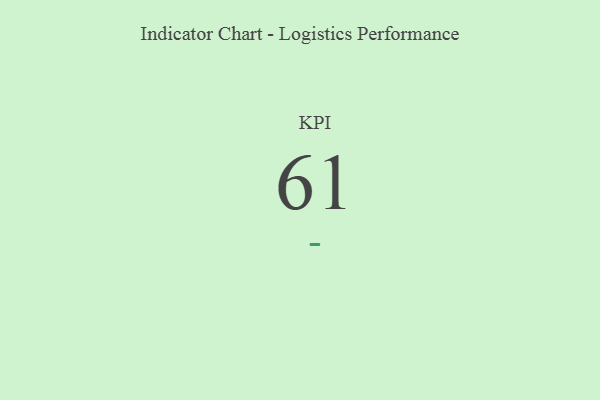
{"axis": {"x": "KPI", "y": "Value"}, "legend": [""], "data": [{"x": "KPI", "y": 61, "type": ""}]}